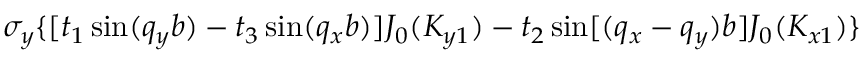
\sigma _ { y } \{ [ t _ { 1 } \sin ( q _ { y } b ) - t _ { 3 } \sin ( q _ { x } b ) ] J _ { 0 } ( K _ { y 1 } ) - t _ { 2 } \sin [ ( q _ { x } - q _ { y } ) b ] J _ { 0 } ( K _ { x 1 } ) \}